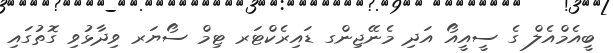
ބީއެމްއެލް ގެ ސީއީއޯ އަދި މެނޭޖިންގ ޑައިރެކްޓަރ ޓިމް ސޯޔަރ ވިދާޅުވި ގޮތުގައި